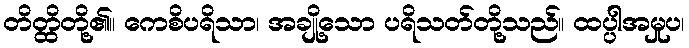
တိတ္ထိတို့၏။ ကေစိပရိသာ၊ အချို့သော ပရိသတ်တို့သည်။ ထပ္ပါအမှုပ၊